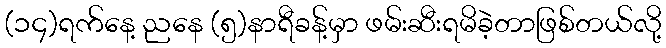
(၁၄)ရက်နေ့ ညနေ (၅)နာရီခန့်မှာ ဖမ်းဆီးရမိခဲ့တာဖြစ်တယ်လို့